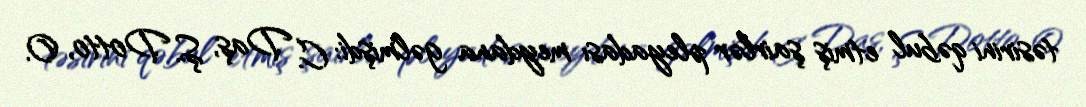
təsirini qəbul etmiş şairlər pleyadası meydana gəlmişdi: C. Daş, Ş. Dotto, O.